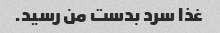
غذا سرد بدست من رسید.